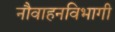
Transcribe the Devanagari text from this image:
नौवाहनविभागी